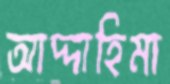
আদ্দাহিমা